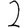
Digit: 2